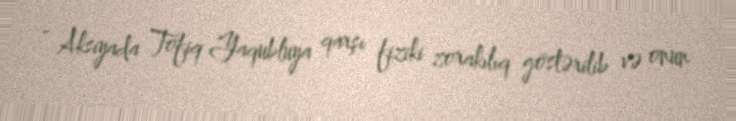
- Aksiyada Tofiq Yaqubluya qarşı fiziki zorakılıq göstərilib və onun